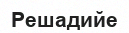
Решадийе